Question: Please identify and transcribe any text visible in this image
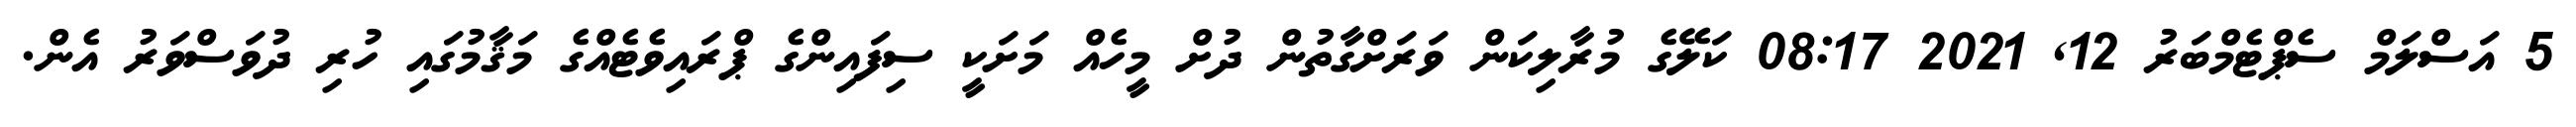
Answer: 5 އަސްލަމް ސެޕްޓެމްބަރު 12, 2021 08:17 ކަލޭގެ މުރާލިކަން ވަރަށްގާތުން ދުށް މީހެއް މަށަކީ ސިފައިންގެ ޕްރައިވެޓެއްގެ މަޤާމުގައި ހުރި ދުވަސްވަރު އެން.